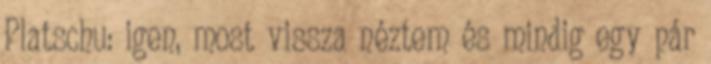
Platschu: igen, most vissza néztem és mindig egy pár